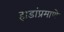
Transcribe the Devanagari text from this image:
हाडांप्रमाणे